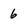
Character: 6